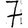
Digit: 7